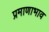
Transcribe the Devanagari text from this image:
प्रमाणाभाव